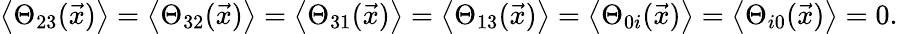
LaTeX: \left\langle\Theta_{23}(\vec{x})\right\rangle=\left\langle\Theta_{32}(\vec{x})\right\rangle=\left\langle\Theta_{31}(\vec{x})\right\rangle=\left\langle\Theta_{13}(\vec{x})\right\rangle=\left\langle\Theta_{0i}(\vec{x})\right\rangle=\left\langle\Theta_{i0}(\vec{x})\right\rangle=0.